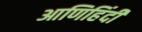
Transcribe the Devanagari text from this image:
आणिहिंदी